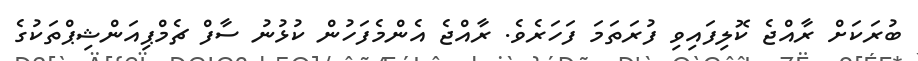
ބުރަކަށް ރާއްޖެ ކޮލިފައިވި ފުރަތަމަ ފަހަރެވެ. ރާއްޖެ އެންމެފަހުން ކުޅުނު ސާފް ޗެމްޕިއަންޝިޕްތަކުގެ